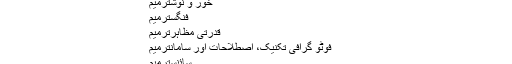
فنی شاہکارترميم
ثقافت، تفریح اور طرز زندگیترميم
رسمہ، ڈرائنگ اور نقشےترميم
انجینئری اور ٹیکنالوجیترميم
خور و نوشترميم
فنگسترميم
قدرتی مظاہرترميم
فوٹو گرافی تکنیک، اصطلاحات اور سامانترميم
سائنسترميم
فضاترميم
گاڑیاںترميم
دیگر زندہ اقسامترميم
آخری ترمیم مورخہ 15 دسمبر 2018ء بوقت 07:12